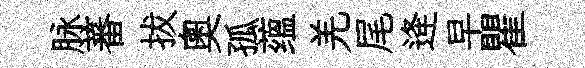
脉蕃拔奥孤蕴羌尾逄早瞿